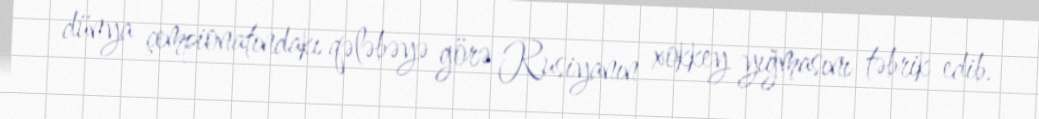
dünya çempionatındakı qələbəyə görə Rusiyanın xokkey yığmasını təbrik edib.